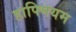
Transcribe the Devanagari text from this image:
हाफ्मियम